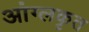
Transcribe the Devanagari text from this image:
आंग्लकृत